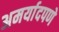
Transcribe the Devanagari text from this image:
अमर्यादपणे